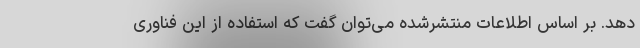
دهد. بر اساس اطلاعات منتشرشده می‌توان گفت که استفاده از این فناوری